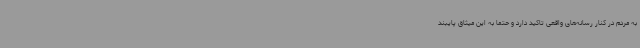
به مردم در کنار رسانه‌های واقعی تاکید دارد و حتما به این میثاق پایبند